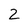
Character: 2